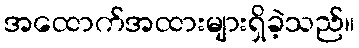
အထောက်အထားများရှိခဲ့သည်။